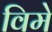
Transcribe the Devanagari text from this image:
विमे